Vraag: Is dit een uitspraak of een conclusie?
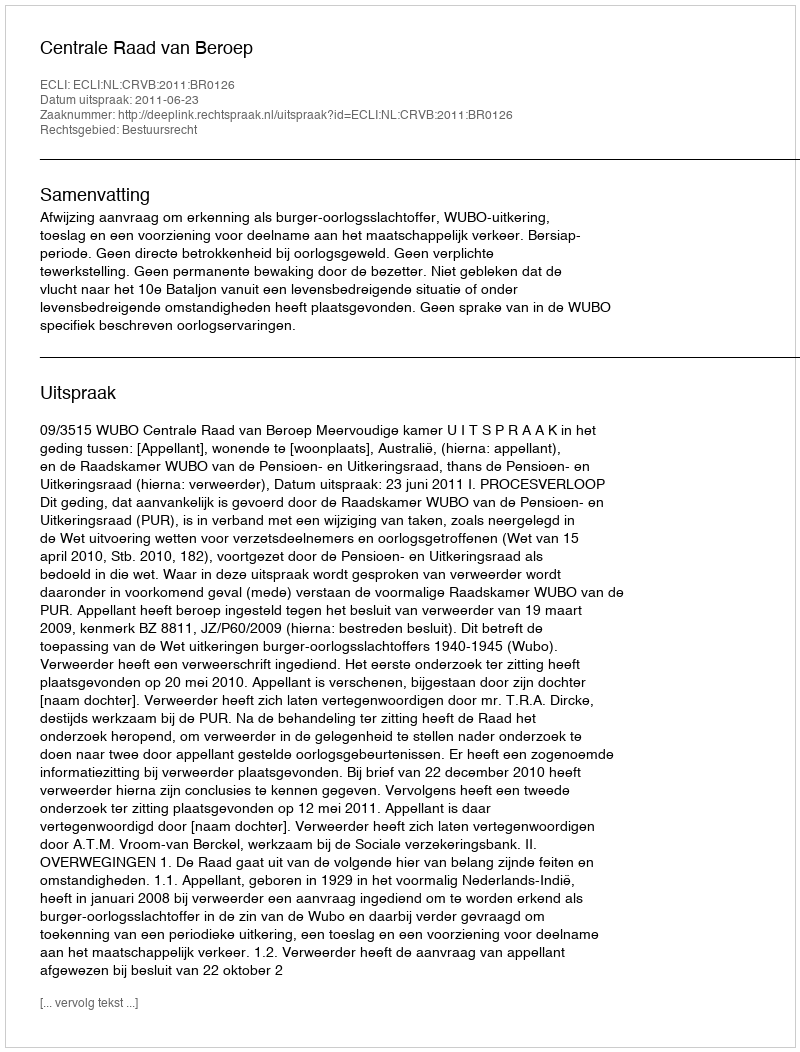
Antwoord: Uitspraak